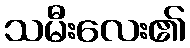
သမီးလေး၏